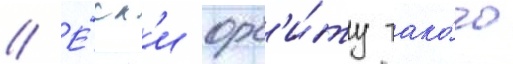
// Е́сл'и орб'и́ту тако́го